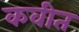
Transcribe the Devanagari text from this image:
कवीत